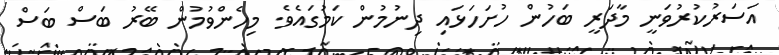
އަސަރުކުރުވަނީ މާދަރީ ބަހުން ހުށަހަޅައި ދިނުމުން ކަމުގައެވެ. މިހެންވުމުން ބޭރު ބަސް ބަސް